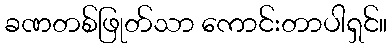
ခဏတစ်ဖြုတ်သာ ကောင်းတာပါရှင်။